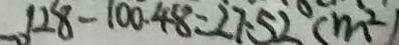
1 2 8 - 1 0 0 . 4 8 = 2 7 5 2 ( m ^ { 2 } )